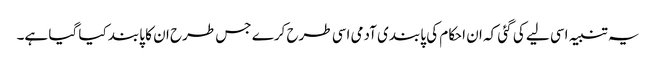
یہ تنبیہ اسی لیے کی گئی کہ ان احکام کی پابندی آدمی اسی طرح کرے جس طرح ان کا پابند کیا گیا ہے۔